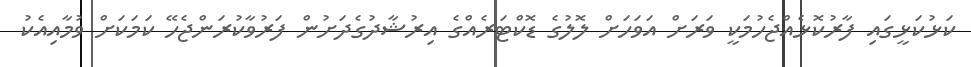
ކަޅުކަޅީގައި ފާރުކޮޅެއްޖެހުމަކީ ވަރަށް އަވަހަށް ލޮލުގެ ޑޮކްޓަރެއްގެ އިރުޝާދުގެދަށުން ފަރުވާކުރަންޖެހޭ ކަމަކަށް ވުމާއިއެކު